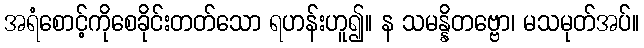
အရံစောင့်ကိုစေခိုင်းတတ်သော ရဟန်းဟူ၍။ န သမန္နိတဗ္ဗော၊ မသမုတ်အပ်။